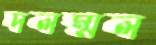
দলম্মল